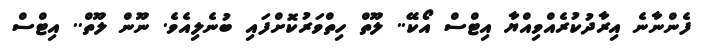
ފެންނާނެ އިރާދުކުރެއްވިއްޔާ އިޓްސް އޯކޭ.. ލޫތް ހިތްވަރުކޮށްފައި ބުނެލިއެވެ. ނޫން ލޫތް.. އިޓްސް